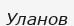
Уланов